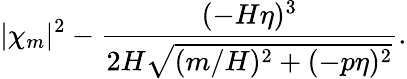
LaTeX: |\chi_{m}|^{2}-\frac{(-H\eta)^{3}}{2H\sqrt{(m/H)^{2}+(-p\eta)^{2}}}.